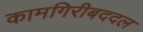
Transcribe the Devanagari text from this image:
कामगिरीबददल